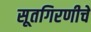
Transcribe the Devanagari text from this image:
सूतगिरणीचे